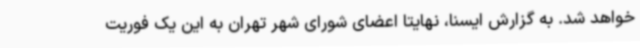
خواهد شد. به گزارش ایسنا، نهایتا اعضای شورای شهر تهران به این یک فوریت